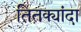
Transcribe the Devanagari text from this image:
तितक्यांदा